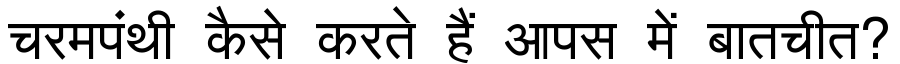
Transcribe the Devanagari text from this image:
चरमपंथी कैसे करते हैं आपस में बातचीत?